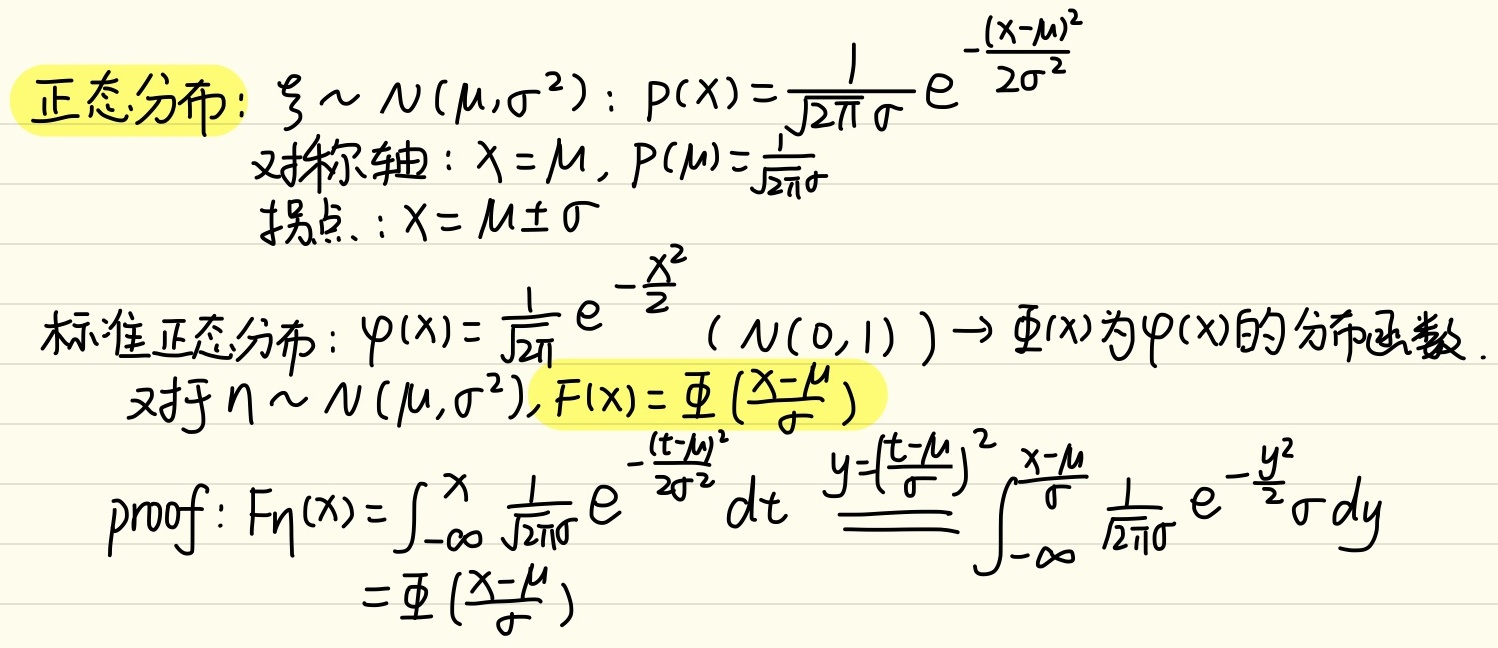
正态分布：若\(\xi\sim N(\mu,\sigma^{2})\)，其概率密度函数为
\[
P(x)=\frac{1}{\sqrt{2\pi}\sigma}e^{-\frac{(x - \mu)^{2}}{2\sigma^{2}}}
\]
对称轴：\(x = \mu\)，\(P(\mu)=\frac{1}{\sqrt{2\pi}\sigma}\)。
拐点：\(x=\mu\pm\sigma\)。

标准正态分布：\(\varphi(x)=\frac{1}{\sqrt{2\pi}}e^{-\frac{x^{2}}{2}}(N(0,1))\)，\(\varPhi(x)\)为\(\varphi(x)\)的分布函数。

对于\(\eta\sim N(\mu,\sigma^{2})\)，\(F(x)=\varPhi(\frac{x - \mu}{\sigma})\)。
proof：
\[
\begin{align*}
F_{\eta}(x)&=\int_{-\infty}^{x}\frac{1}{\sqrt{2\pi}\sigma}e^{-\frac{(t - \mu)^{2}}{2\sigma^{2}}}dt\\
&\stackrel{y = \frac{t - \mu}{\sigma}}{=}\int_{-\infty}^{\frac{x - \mu}{\sigma}}\frac{1}{\sqrt{2\pi}}e^{-\frac{y^{2}}{2}}\sigma dy\\
&=\varPhi(\frac{x - \mu}{\sigma})
\end{align*}
\]